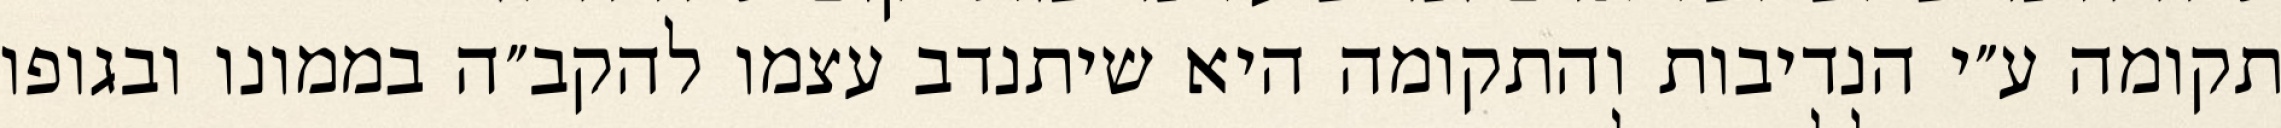
תקומה ע״י הנדיבות והתקומה היא שיתנדב עצמו להקב״ה בממונו ובגופו